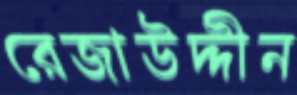
রেজাউদ্দীন